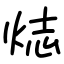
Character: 𬊌